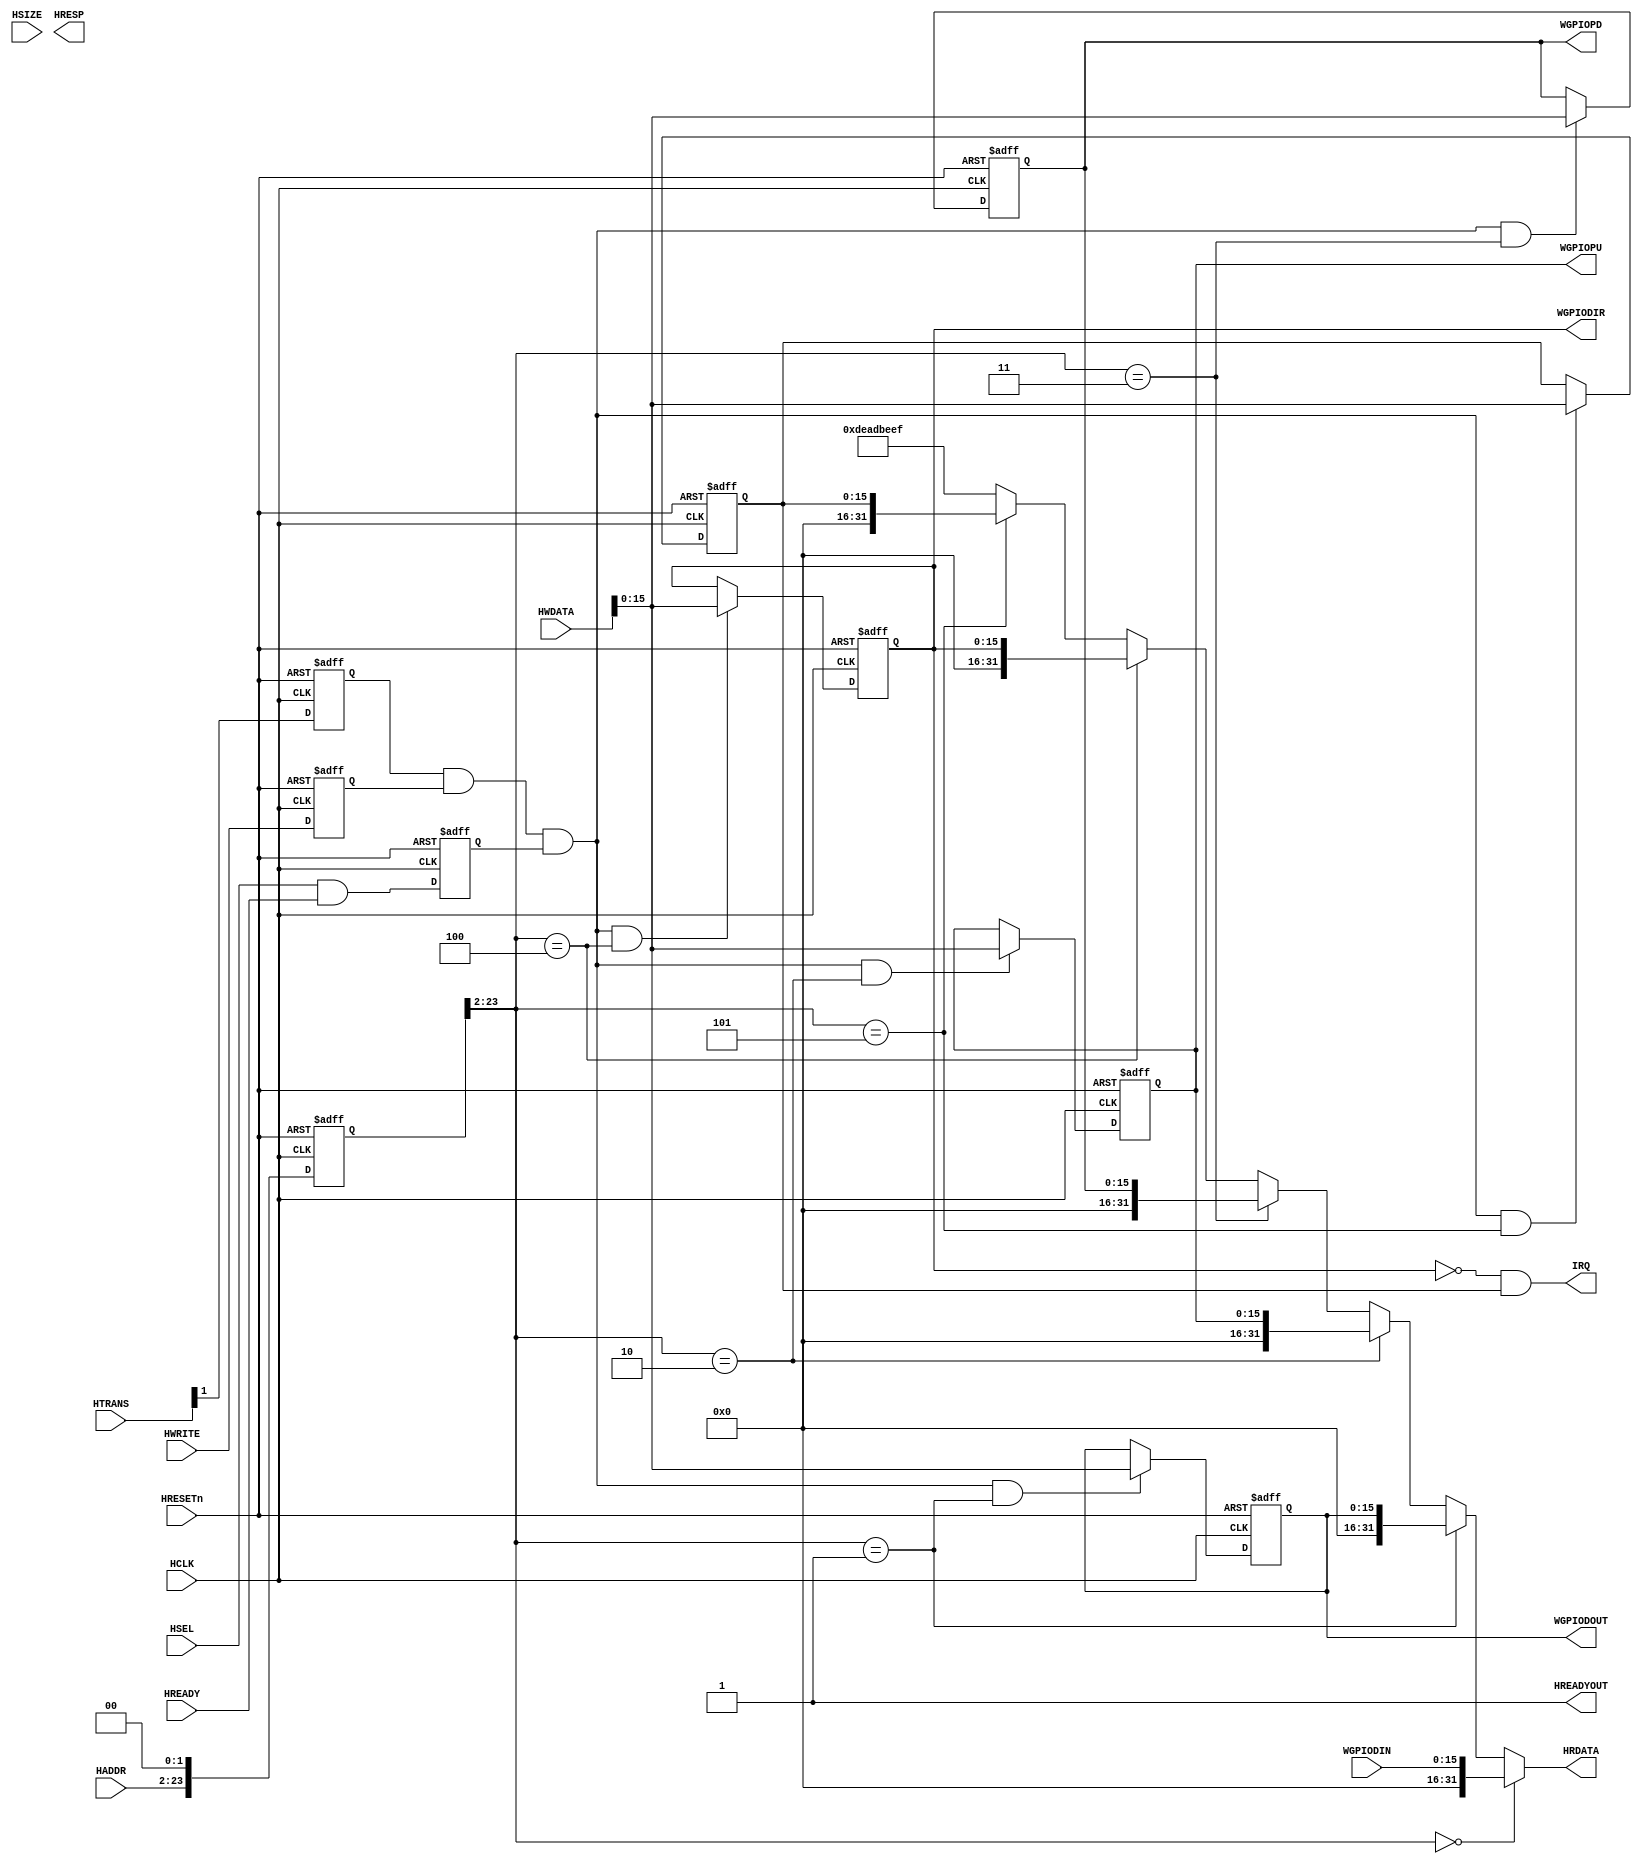
`timescale 1ns/1ns
    module AHBlite_GPIO (
    // AHB Interface
    // clock and reset 
    input  wire        HCLK,    
    //input  wire        HCLKG,   // Gated clock
    input  wire        HRESETn, // Reset

    // input ports
    input   wire        HSEL,    // Select
    input   wire [23:2] HADDR,   // Address
    input   wire        HREADY, // 
    input   wire        HWRITE,  // Write control
    input   wire [1:0]  HTRANS,    // AHB transfer type
    input   wire [2:0]  HSIZE,    // AHB hsize
    input   wire [31:0] HWDATA,  // Write data

    // output ports
    output wire [31:0] HRDATA,  // Read data
    output wire        HREADYOUT,  // Device ready
    output wire [1:0]   HRESP,

    output wire [15:0] IRQ,
	
    // IP Interface
	// WGPIODIN register/fields
	input wire [15:0] WGPIODIN,
	// WGPIODOUT register/fields
	output reg [15:0] WGPIODOUT,
	// WGPIOPU register/fields
	output reg [15:0] WGPIOPU,
	// WGPIOPD register/fields
	output reg [15:0] WGPIOPD,
	// WGPIODIR register/fields
	output reg [15:0] WGPIODIR
);
    reg         IOSEL;
    reg [23:0]  IOADDR;
    reg         IOWRITE;    // I/O transfer direction
    reg [2:0]   IOSIZE;     // I/O transfer size
    reg         IOTRANS;

    // registered HSEL, update only if selected to reduce toggling
    always @(posedge HCLK or negedge HRESETn) begin
        if (~HRESETn)
            IOSEL <= 1'b0;
        else
            IOSEL <= HSEL & HREADY;
    end
    
    // registered address, update only if selected to reduce toggling
    always @(posedge HCLK or negedge HRESETn) begin
        if (~HRESETn)
            IOADDR <= 24'd0;
        else
            IOADDR <= {HADDR[23:2], 2'b0};
    end

    // Data phase write control
    always @(posedge HCLK or negedge HRESETn)
    begin
      if (~HRESETn)
        IOWRITE <= 1'b0;
      else
        IOWRITE <= HWRITE;
    end
  
    // registered hsize, update only if selected to reduce toggling
    always @(posedge HCLK or negedge HRESETn)
    begin
      if (~HRESETn)
        IOSIZE <= {3{1'b0}};
      else
        IOSIZE <= HSIZE[2:0];
    end
  
    // registered HTRANS, update only if selected to reduce toggling
    always @(posedge HCLK or negedge HRESETn)
    begin
      if (~HRESETn)
        IOTRANS <= 1'b0;
      else
        IOTRANS <= HTRANS[1];
    end
    
    wire rd_enable;
    assign  rd_enable = IOSEL & (~IOWRITE) & IOTRANS; 
    wire wr_enable = IOTRANS & IOWRITE & IOSEL;
    
    reg [15:0] WGPIOIM;

	// Register: WGPIODOUT
    wire WGPIODOUT_select = wr_enable & (IOADDR[23:2] == 22'h1);
    
    always @(posedge HCLK or negedge HRESETn)
    begin
        if (~HRESETn)
            WGPIODOUT <= 16'h0;
        else if (WGPIODOUT_select)
            WGPIODOUT <= HWDATA;
    end
    
	// Register: WGPIOPU
    wire WGPIOPU_select = wr_enable & (IOADDR[23:2] == 22'h2);
    
    always @(posedge HCLK or negedge HRESETn)
    begin
        if (~HRESETn)
            WGPIOPU <= 16'h0;
        else if (WGPIOPU_select)
            WGPIOPU <= HWDATA;
    end
    
	// Register: WGPIOPD
    wire WGPIOPD_select = wr_enable & (IOADDR[23:2] == 22'h3);
    
    always @(posedge HCLK or negedge HRESETn)
    begin
        if (~HRESETn)
            WGPIOPD <= 16'h0;
        else if (WGPIOPD_select)
            WGPIOPD <= HWDATA;
    end
    
	// Register: WGPIODIR
    wire WGPIODIR_select = wr_enable & (IOADDR[23:2] == 22'h4);
    
    always @(posedge HCLK or negedge HRESETn)
    begin
        if (~HRESETn)
            WGPIODIR <= 16'h0;
        else if (WGPIODIR_select)
            WGPIODIR <= HWDATA;
    end
    
    // Register: IM
    wire WGPIOIM_select = wr_enable & (IOADDR[23:2] == 22'h5);
    
    always @(posedge HCLK or negedge HRESETn)
    begin
        if (~HRESETn)
            WGPIOIM <= 16'h0;
        else if (WGPIOIM_select)
            WGPIOIM <= HWDATA;
    end
    
    assign IRQ = (~WGPIODIR) & WGPIOIM;

    assign HRDATA = 
      	(IOADDR[23:2] == 22'h0) ? {16'd0,WGPIODIN} : 
      	(IOADDR[23:2] == 22'h1) ? {16'd0,WGPIODOUT} : 
      	(IOADDR[23:2] == 22'h2) ? {16'd0,WGPIOPU} : 
      	(IOADDR[23:2] == 22'h3) ? {16'd0,WGPIOPD} : 
      	(IOADDR[23:2] == 22'h4) ? {16'd0,WGPIODIR} :
        (IOADDR[23:2] == 22'h5) ? {16'd0,WGPIOIM} : 
	32'hDEADBEEF;
	assign HREADYOUT = 1'b1;     // Always ready

endmodule